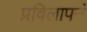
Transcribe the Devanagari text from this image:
प्रविलापनं